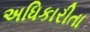
અધિકારીતા